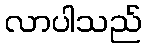
လာပါသည်